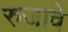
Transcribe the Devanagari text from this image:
रुजावे